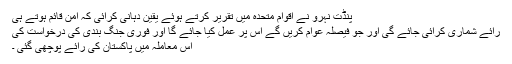
پنڈت نہرو نے اقوام متحدہ میں تقریر کرتے ہوئے یقین دہانی کرائی کہ امن قائم ہوتے ہی
رائے شماری کرائی جائے گی اور جو فیصلہ عوام کریں گے اس پر عمل کیا جائے گا اور فوری جنگ بندی کی درخواست کی
اس معاملہ میں پاکستان کی رائے پوچھی گئی ۔